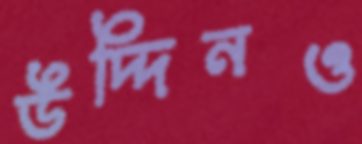
উদ্দিনও